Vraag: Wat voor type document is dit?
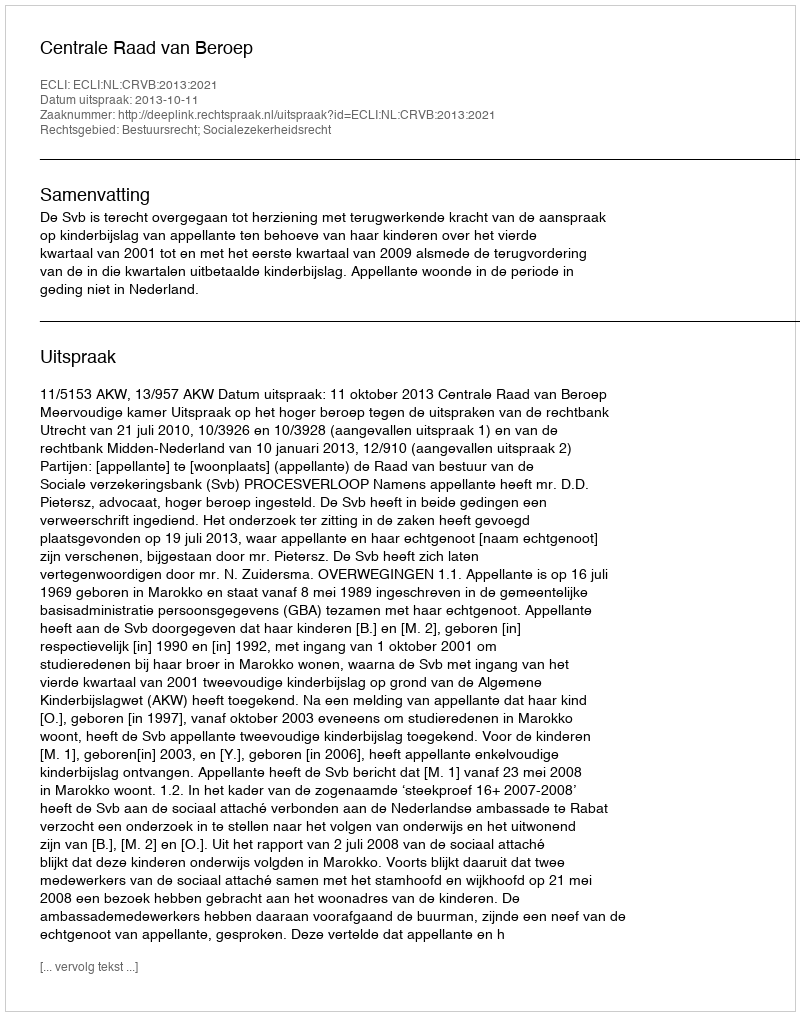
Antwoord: Uitspraak